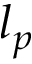
l _ { p }